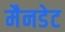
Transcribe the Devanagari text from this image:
मैनडेट